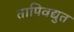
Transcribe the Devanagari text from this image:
तापिवद्युत